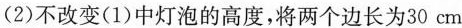
(2)不改变(1)中灯泡的高度，将两个边长为30cm